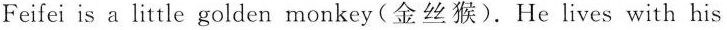
Feifei is a little golden monkey(金丝猴).He lives with his